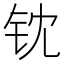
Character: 𬬵